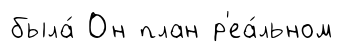
была́ Он план р'еа́льном